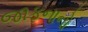
જાફનાનો